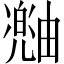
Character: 𪽠